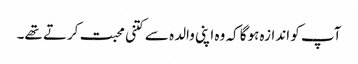
آپ کو اندازہ ہوگا کہ وہ اپنی والدہ سے کتنی محبت کرتے تھے۔